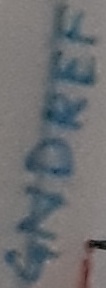
Text: GNDREF